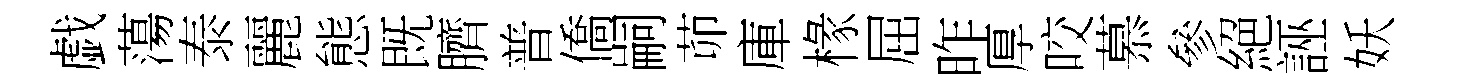
戯蕩泰麗態既臍普僑嗣茆庫椽屈昨厚咬慕參絕誣妖